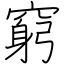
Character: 窮